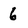
Character: 6